Annual report of the Punjab Veterinary College and of the Civil Veterinary Department, Punjab - 1920-1925
Year: 1920
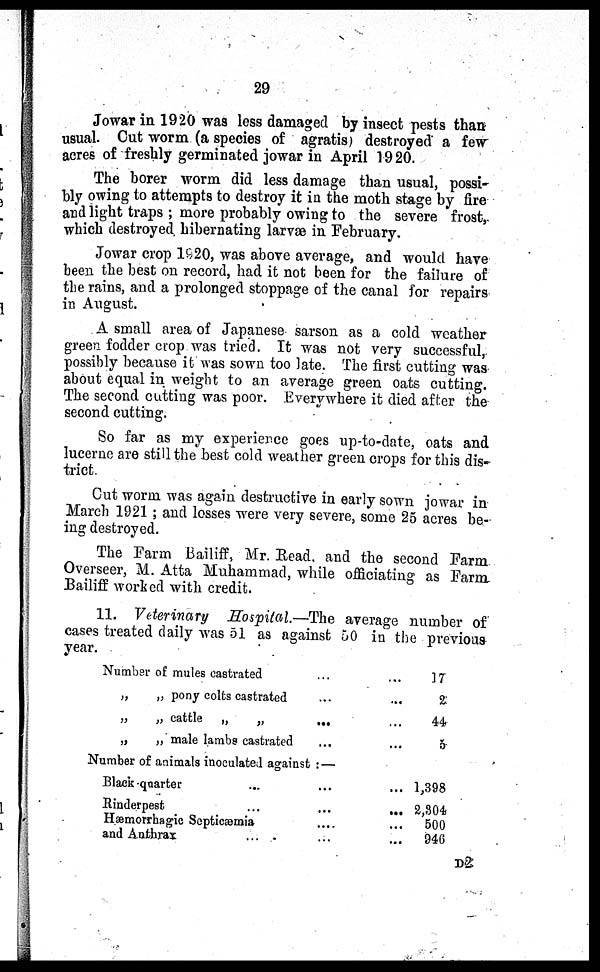
29
Jowar in 1920 was less damaged by insect pests than
usual. Cut worm (a species of agratis) destroyed a few
acres of freshly germinated jowar in April 1920.
The borer worm did less damage than usual, possi-
bly owing to attempts to destroy it in the moth stage by fire
and light traps; more probably owing to the severe frost,
which destroyed hibernating larvæ in February.
Jowar crop 1920, was above average, and would have
been the best on record, had it not been for the failure of
the rains, and a prolonged stoppage of the canal for repairs
in August.
A small area of Japanese sarson as a cold weather
green fodder crop was tried. It was not very successful,
possibly because it was sown too late. The first cutting was
about equal in weight to an average green oats cutting.
The second cutting was poor. Everywhere it died after the
second cutting.
So far as my experience goes up-to-date, oats and
lucerne are still the best cold weather green crops for this dis-
trict.
Cut worm was again destructive in early sown jowar in
March 1921; and losses were very severe, some 25 acres be-
ing destroyed.
The Farm Bailiff, Mr. Read, and the second Farm.
Overseer, M. Atta Muhammad, while officiating as Farm
Bailiff worked with credit.
11. Veterinary Hospital.—The average number of
cases treated daily was 51 as against 50 in the previous
year.
Number of mules castrated
„ „ pony colts castrated
„ „ cattle
„
„
„
„ male lambs castrated
...
...
...
...
...
...
...
...
17
2
44
3
Number of animals inoculated against:—
Black quarter ...
Rinderpest ...
Hæmorrhagic Septicæmia
and Anthrax ...
...
...
....
...
...
...
...
...
1,398
2,804
500
946
D2